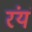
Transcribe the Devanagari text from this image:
रंयं